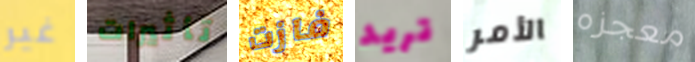
غير تأثيرات فازت تريد الأمر معجزه